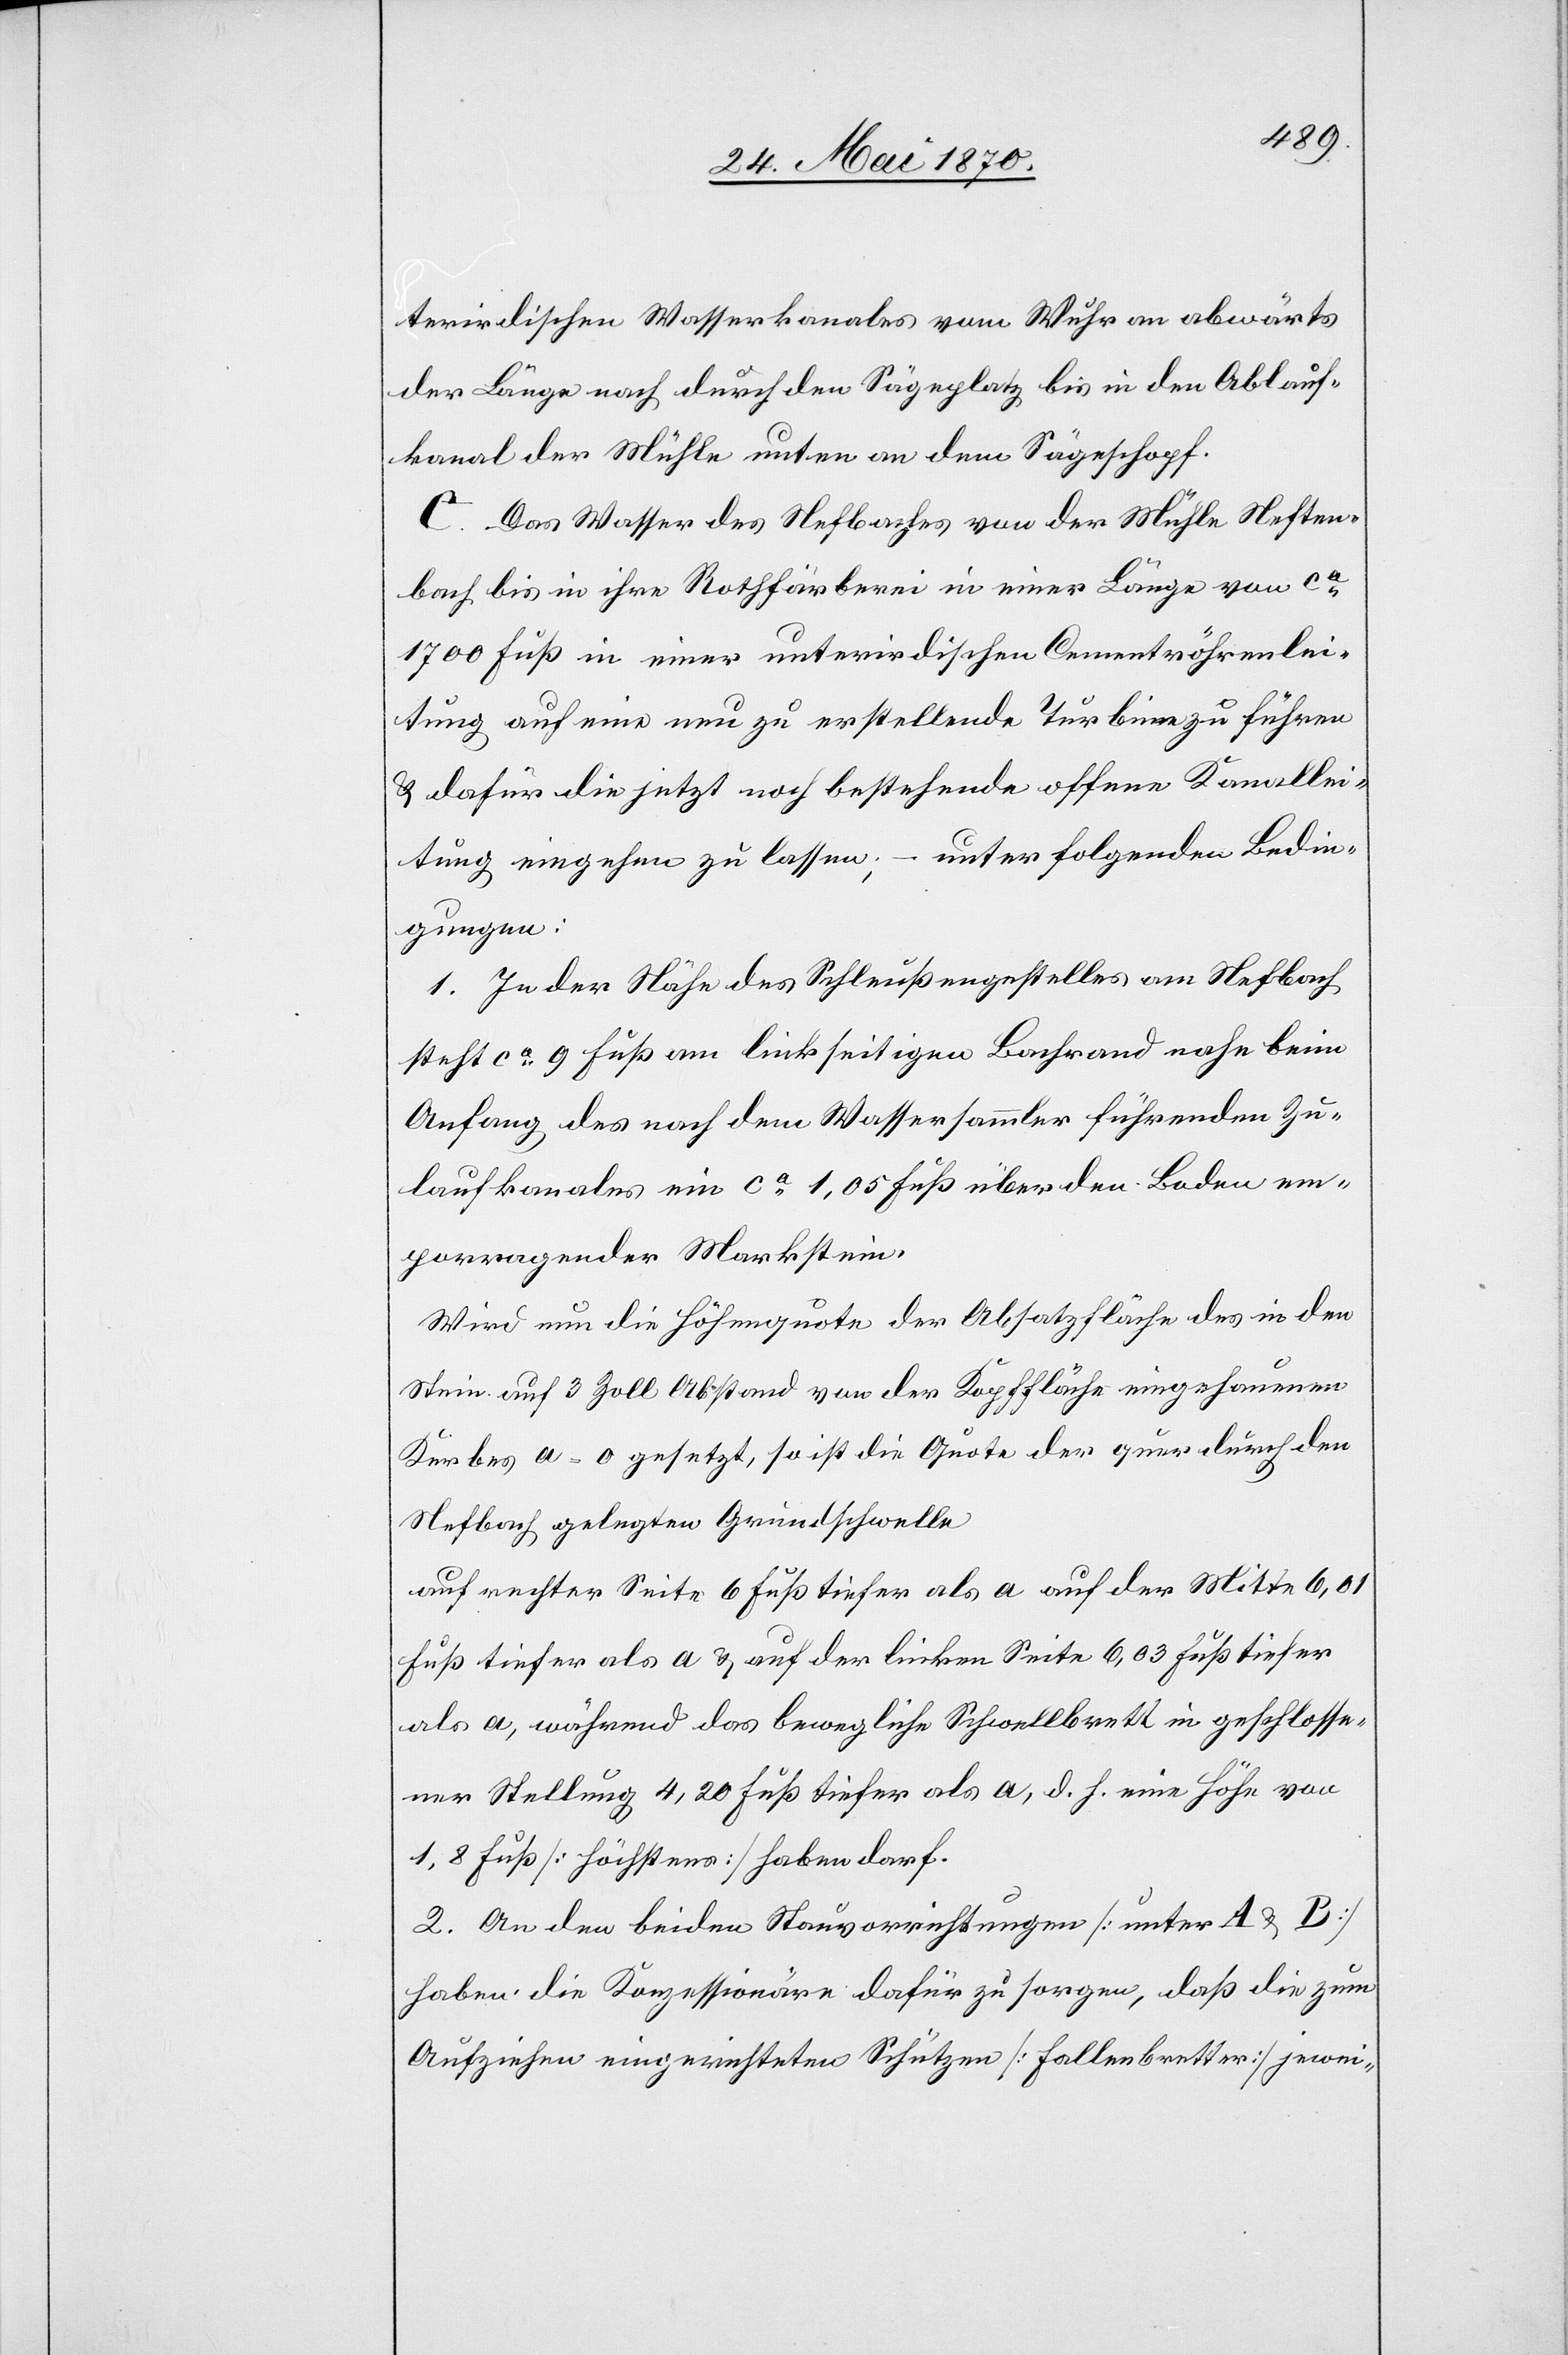
terirdischen Wasserkanales vom Wuhr an abwärts
der Länge nach durch den Sägeplatz bis in den Ablauf¬
kanal der Mühle unten an dem Sägeschopf.
C. Das Wasser des Nefbaches von der Mühle Neften¬
bach bis in ihre Rothfärberei in einer Länge von ca
17 000 Fuß in einer unterirdischen Cementröhrenlei¬
tung auf eine neu zu erstellende Turbine zu führen
& dafür die jetzt noch bestehende offene Kanallei¬
tung eingehen zu lassen, – unter folgenden Bedin¬
gungen:
1. In der Nähe des Schleußengestelles am Nefbach
steht ca 9 Fuß am linkseitigen Bachrand nahe beim
Anfang des nach dem Wassersammler führenden Zu¬
laufkanales ein ca 1,05 Fuß über den Boden em¬
porragender Markstein.
Wird um die Höhenquote der Absatzfläche des in den
Stein auf 3 Zoll Abstand von der Kopffläche eingehauenen
Kerbes a = 0 gesetzt, so ist die Quote der quer durch den
Nefbach gelegten Grundschwelle
auf rechter Seite 6 Fuß tiefer als a auf der Mitte 6,01
Fuß tiefer als a & auf der linken Seite 6,03 Fuß tiefer
als a, während das bewegliche Schwellbrett in geschlosse¬
ner Stellung 4,20 Fuß tiefer als a, d. h. eine Höhe von
1,8 Fuß [höchstens] haben darf.
2. An den beiden Stauvorrichtungen [unter A & B]
haben die Konzessionäre dafür zu sorgen, daß die zum
Aufziehen eingerichteten Schützen [Fallenbretter] jewei-